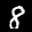
Label: 8